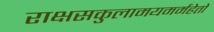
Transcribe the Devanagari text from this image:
राक्षसकुलामयमर्महेतो